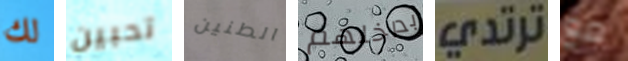
لك تحبين الطنين بداخلهم ترتدي مع